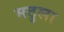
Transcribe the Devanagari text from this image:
मठुला